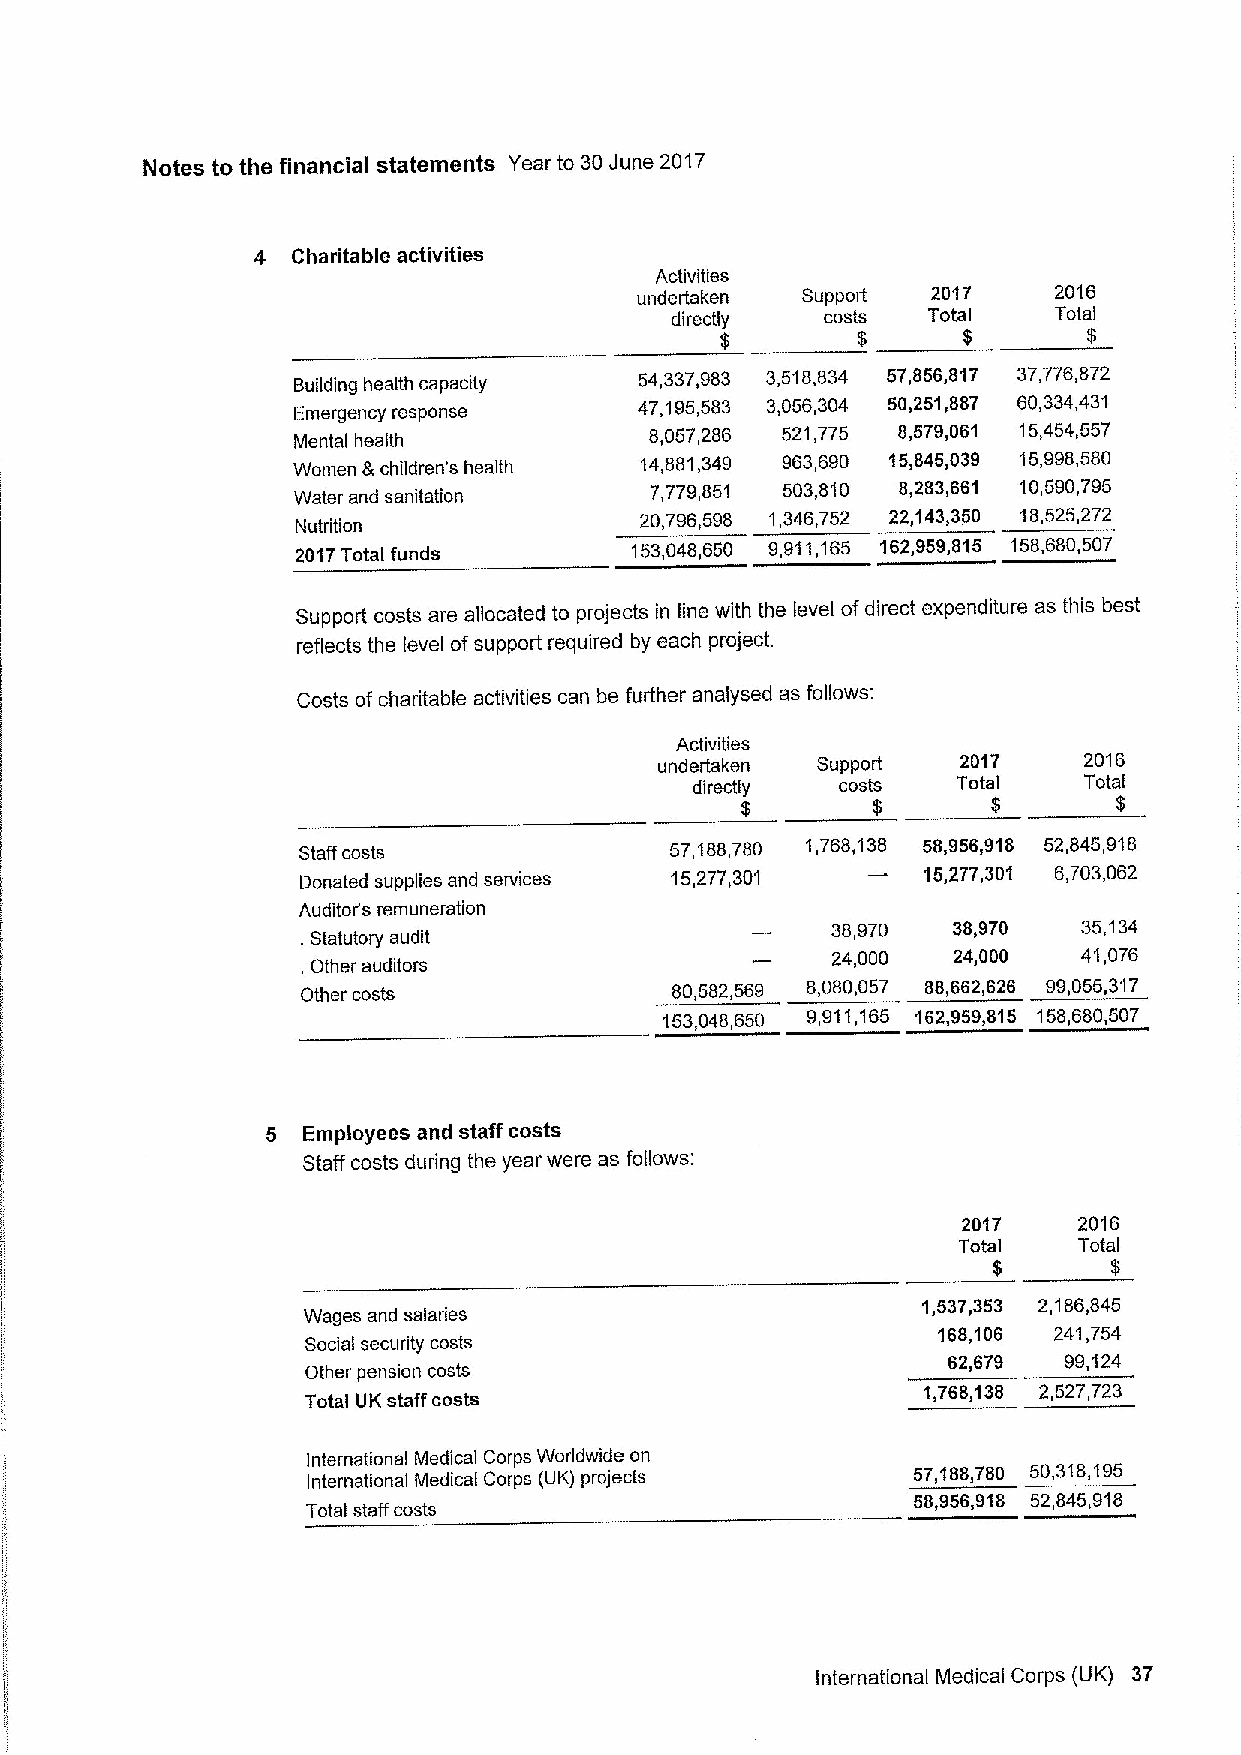
Notes to the financial statements Year to 30June 2017
 4 Charitable activities
 Activities
 undertaken Support  2017    2016
 directly   costs Total    Total
 $        $      $       $
 Building health capacity
 54,337,983 3,518,834 57,856,817 37776872
 Emergency response     47,195,583 3,056,304 50,251,887 60,334,431
 Mental health
 8,057,286 521,775 8,579,061 15,454,557
 Women 8,children's health 14,881,349 963,690 15,845,039 15,998,580
 Water and sanitation
 7,779,851 503,810 8,283,661 10,590,795
 20,796,598 1,346,752 22,143,350 18,525,272
 Nutrition
 2017Total funds       153,048,650 9,911,165 162,959,815 158,680,507
 Support costs are allocated to projects in line with the level ofdirect expenditure as this best
 reflects the level ofsupport required by each project.
 Costs of charitable activities can be further analysed as follows:
 Activities
 undertaken Support  2017    2016
 directly  costs  Total    Total
 $        $       $       $
 Staff costs             57 188,780 1,768,138 58,956,918 52 845,918
 Donated supplies and services 15,277,301 15,277,301 5,703,062
 Auditor's remuneration
 38,970  38,970   35,134
 .Statutory audit
 24,000  24,000   41,076
 , Other auditors
 Other costs             80,582,569 8,080,057 88,662,626 99,055,317
 153048,650 9,911,165 162,959,815 158,680,507
 5 Employees and staff costs
 Staff costs during the year were as follows:
 2017   2016
 Total   Total
 $      $
 1,537,353 2,185,845
 Wages and salaries
 168,106 241,754
 Social security costs
 62,679 99,124
 Other pension costs
 Total UK staff costs                     1,768,138 2,527,723
 International Medical Corps Worldwide on
 International Medical Corps (UK) projects 57 188780 50318195
 58,956,918 52,845,918
 Total staff costs
 International Medical Corps (UK) 37